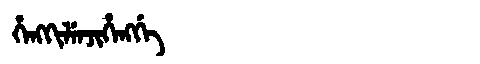
Manchu: ᡥᡝᠩᡴᡳᠯᡝᠨᠵᡳᡥᡝᠩᡤᡝ
Romanization: HENGKILENJIHENGGE